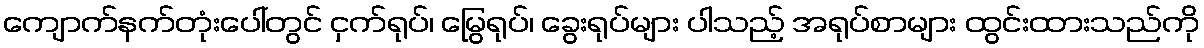
ကျောက်နက်တုံးပေါ်တွင် ငှက်ရုပ်၊ မြွေရုပ်၊ ခွေးရုပ်များ ပါသည့် အရုပ်စာများ ထွင်းထားသည်ကို